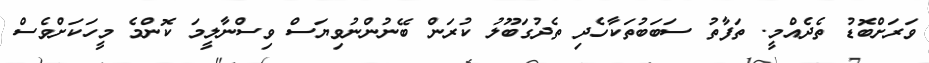
ވަރަށްބޮޑު ތެދެއްމީ. ތަފާތު ސަބަބުތަކާހެދި ތެދުގަބޫލު ކުރަން ބޭނުންނުވިޔަސް ވިސްނާލީމަ ކޮންމެ މީހަކަށްވެސް